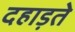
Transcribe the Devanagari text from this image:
दहाड़ते